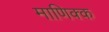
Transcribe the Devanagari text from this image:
माणिक्क